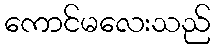
ကောင်မလေးသည်